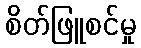
စိတ်ဖြူစင်မှု